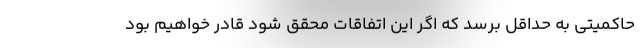
حاکمیتی به حداقل برسد که اگر این اتفاقات محقق شود قادر خواهیم بود